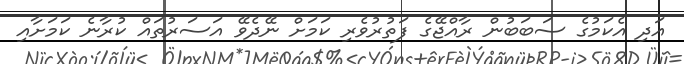
އަދި އެކަމުގެ ސަބަބުން ރާއްޖޭގެ ފަތުރުވެރި ކަމަށް ނޭދެވޭ އަސަރުތައް ކުރާނެ ކަމަށާއި